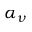
\alpha _ { \nu }